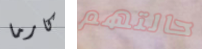
كارما حالتهم